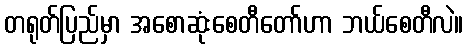
တရုတ်ပြည်မှာ အစောဆုံးစေတီတော်ဟာ ဘယ်စေတီလဲ။